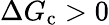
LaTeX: \Delta G_{\mathrm{c}}>0